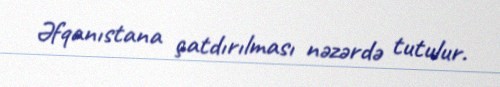
Əfqanıstana çatdırılması nəzərdə tutulur.